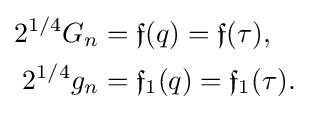
{\begin{aligned}2^{1/4}G_{n}&={\mathfrak {f}}(q)={\mathfrak {f}}(\tau ),\\2^{1/4}g_{n}&={\mathfrak {f}}_{1}(q)={\mathfrak {f}}_{1}(\tau ).\end{aligned}}